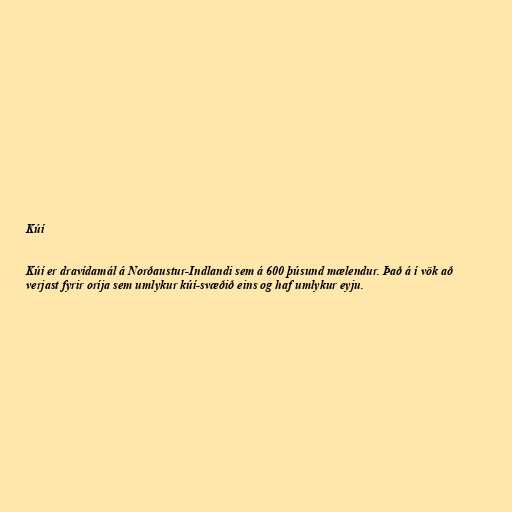
Kúí

Kúí er dravídamál á Norðaustur-Indlandi sem á 600 þúsund mælendur. Það á í vök að
verjast fyrir oríja sem umlykur kúí-svæðið eins og haf umlykur eyju.